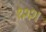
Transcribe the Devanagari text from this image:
१२२।